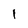
Character: 1